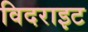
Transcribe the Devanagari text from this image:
विदराइट